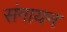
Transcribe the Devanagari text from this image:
संगायन